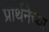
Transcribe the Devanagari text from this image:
प्रार्थनेच्या